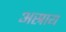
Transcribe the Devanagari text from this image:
अस्राय